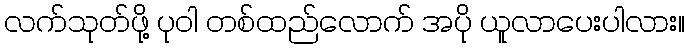
လက်သုတ်ဖို့ ပုဝါ တစ်ထည်လောက် အပို ယူလာပေးပါလား။